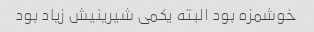
خوشمزه بود البته یکمی شیرینیش زیاد بود